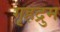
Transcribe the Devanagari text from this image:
गृहद्रुम